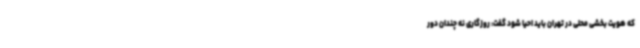
که هویت بخشی محلی در تهران باید احیا شود گفت: روزگاری نه چندان دور